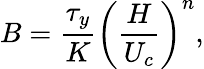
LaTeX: B=\frac{\tau_{y}}{K}\left(\frac{H}{U_{c}}\right)^{n},